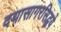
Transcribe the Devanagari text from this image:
दयासागरसिद्धये